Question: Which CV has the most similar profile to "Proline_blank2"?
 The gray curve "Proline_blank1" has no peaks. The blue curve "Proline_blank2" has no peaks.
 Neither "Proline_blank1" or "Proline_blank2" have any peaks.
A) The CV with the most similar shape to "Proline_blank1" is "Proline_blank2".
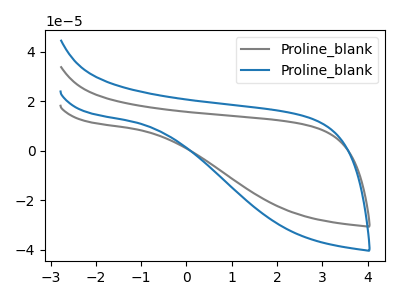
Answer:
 <answer>A) The CV with the most similar shape to "Proline_blank1" is "Proline_blank2".</answer>
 <eval>A</eval>